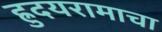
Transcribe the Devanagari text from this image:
ह्रुदयरामाचा